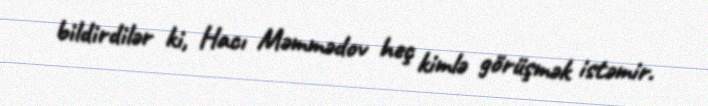
bildirdilər ki, Hacı Məmmədov heç kimlə görüşmək istəmir.